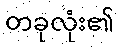
တခုလုံး၏